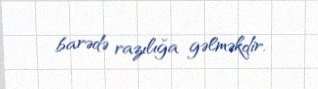
barədə razılığa gəlməkdir.